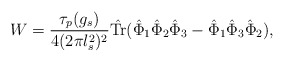
\begin{align*}W = \frac{\tau_p(g_s)}{4(2\pi l_s^2)^2} \hat {\rm Tr} (\hat\Phi_1 \hat \Phi_2 \hat \Phi_3 - \hat \Phi_1 \hat \Phi_3 \hat\Phi_2),\end{align*}